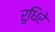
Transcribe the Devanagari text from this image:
रुधिरे